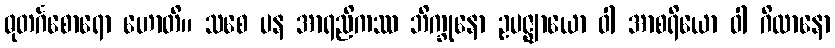
ဓုတင်္ဂစောရော ဟောတိ။ သစေ ပန အာရညိကဿ ဘိက္ခုနော ဥပဇ္ဈာယော ဝါ အာစရိယော ဝါ ဂိလာနော